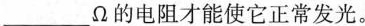
___ \Omega 的电阻才能使它正常发光。